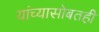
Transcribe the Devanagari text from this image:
यांच्यासोबतही